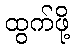
ထွက်ဖို့